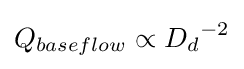
Q_{baseflow}\propto {D_{d}}^{-2}